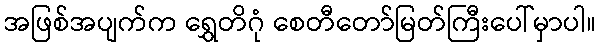
အဖြစ်အပျက်က ရွှေတိဂုံ စေတီတော်မြတ်ကြီးပေါ်မှာပါ။